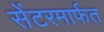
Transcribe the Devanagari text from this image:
सेंटरमार्फत